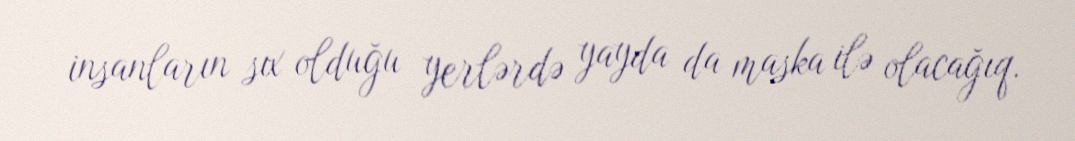
insanların sıx olduğu yerlərdə yayda da maska ilə olacağıq.